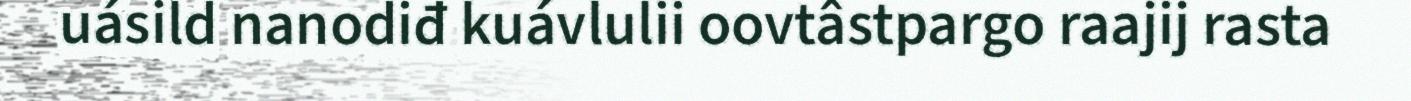
uásild nanodiđ kuávlulii oovtâstpargo raajij rasta